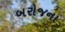
બરોજના